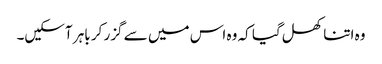
وہ اتنا کھل گیا کہ وہ اس میں سے گزر کر باہر آسکیں۔